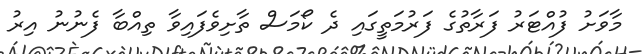
މާވަށު ފުއްޓަރު ފަރާތުގެ ފަރުމަތީގައި ދެ ކޯމަސް ތާށިވެފައިވާ ތިއްބާ ފެނުނު އިރު